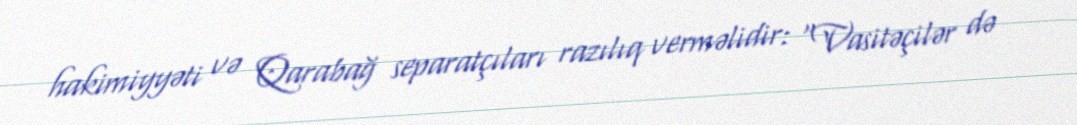
hakimiyyəti və Qarabağ separatçıları razılıq verməlidir: “Vasitəçilər də